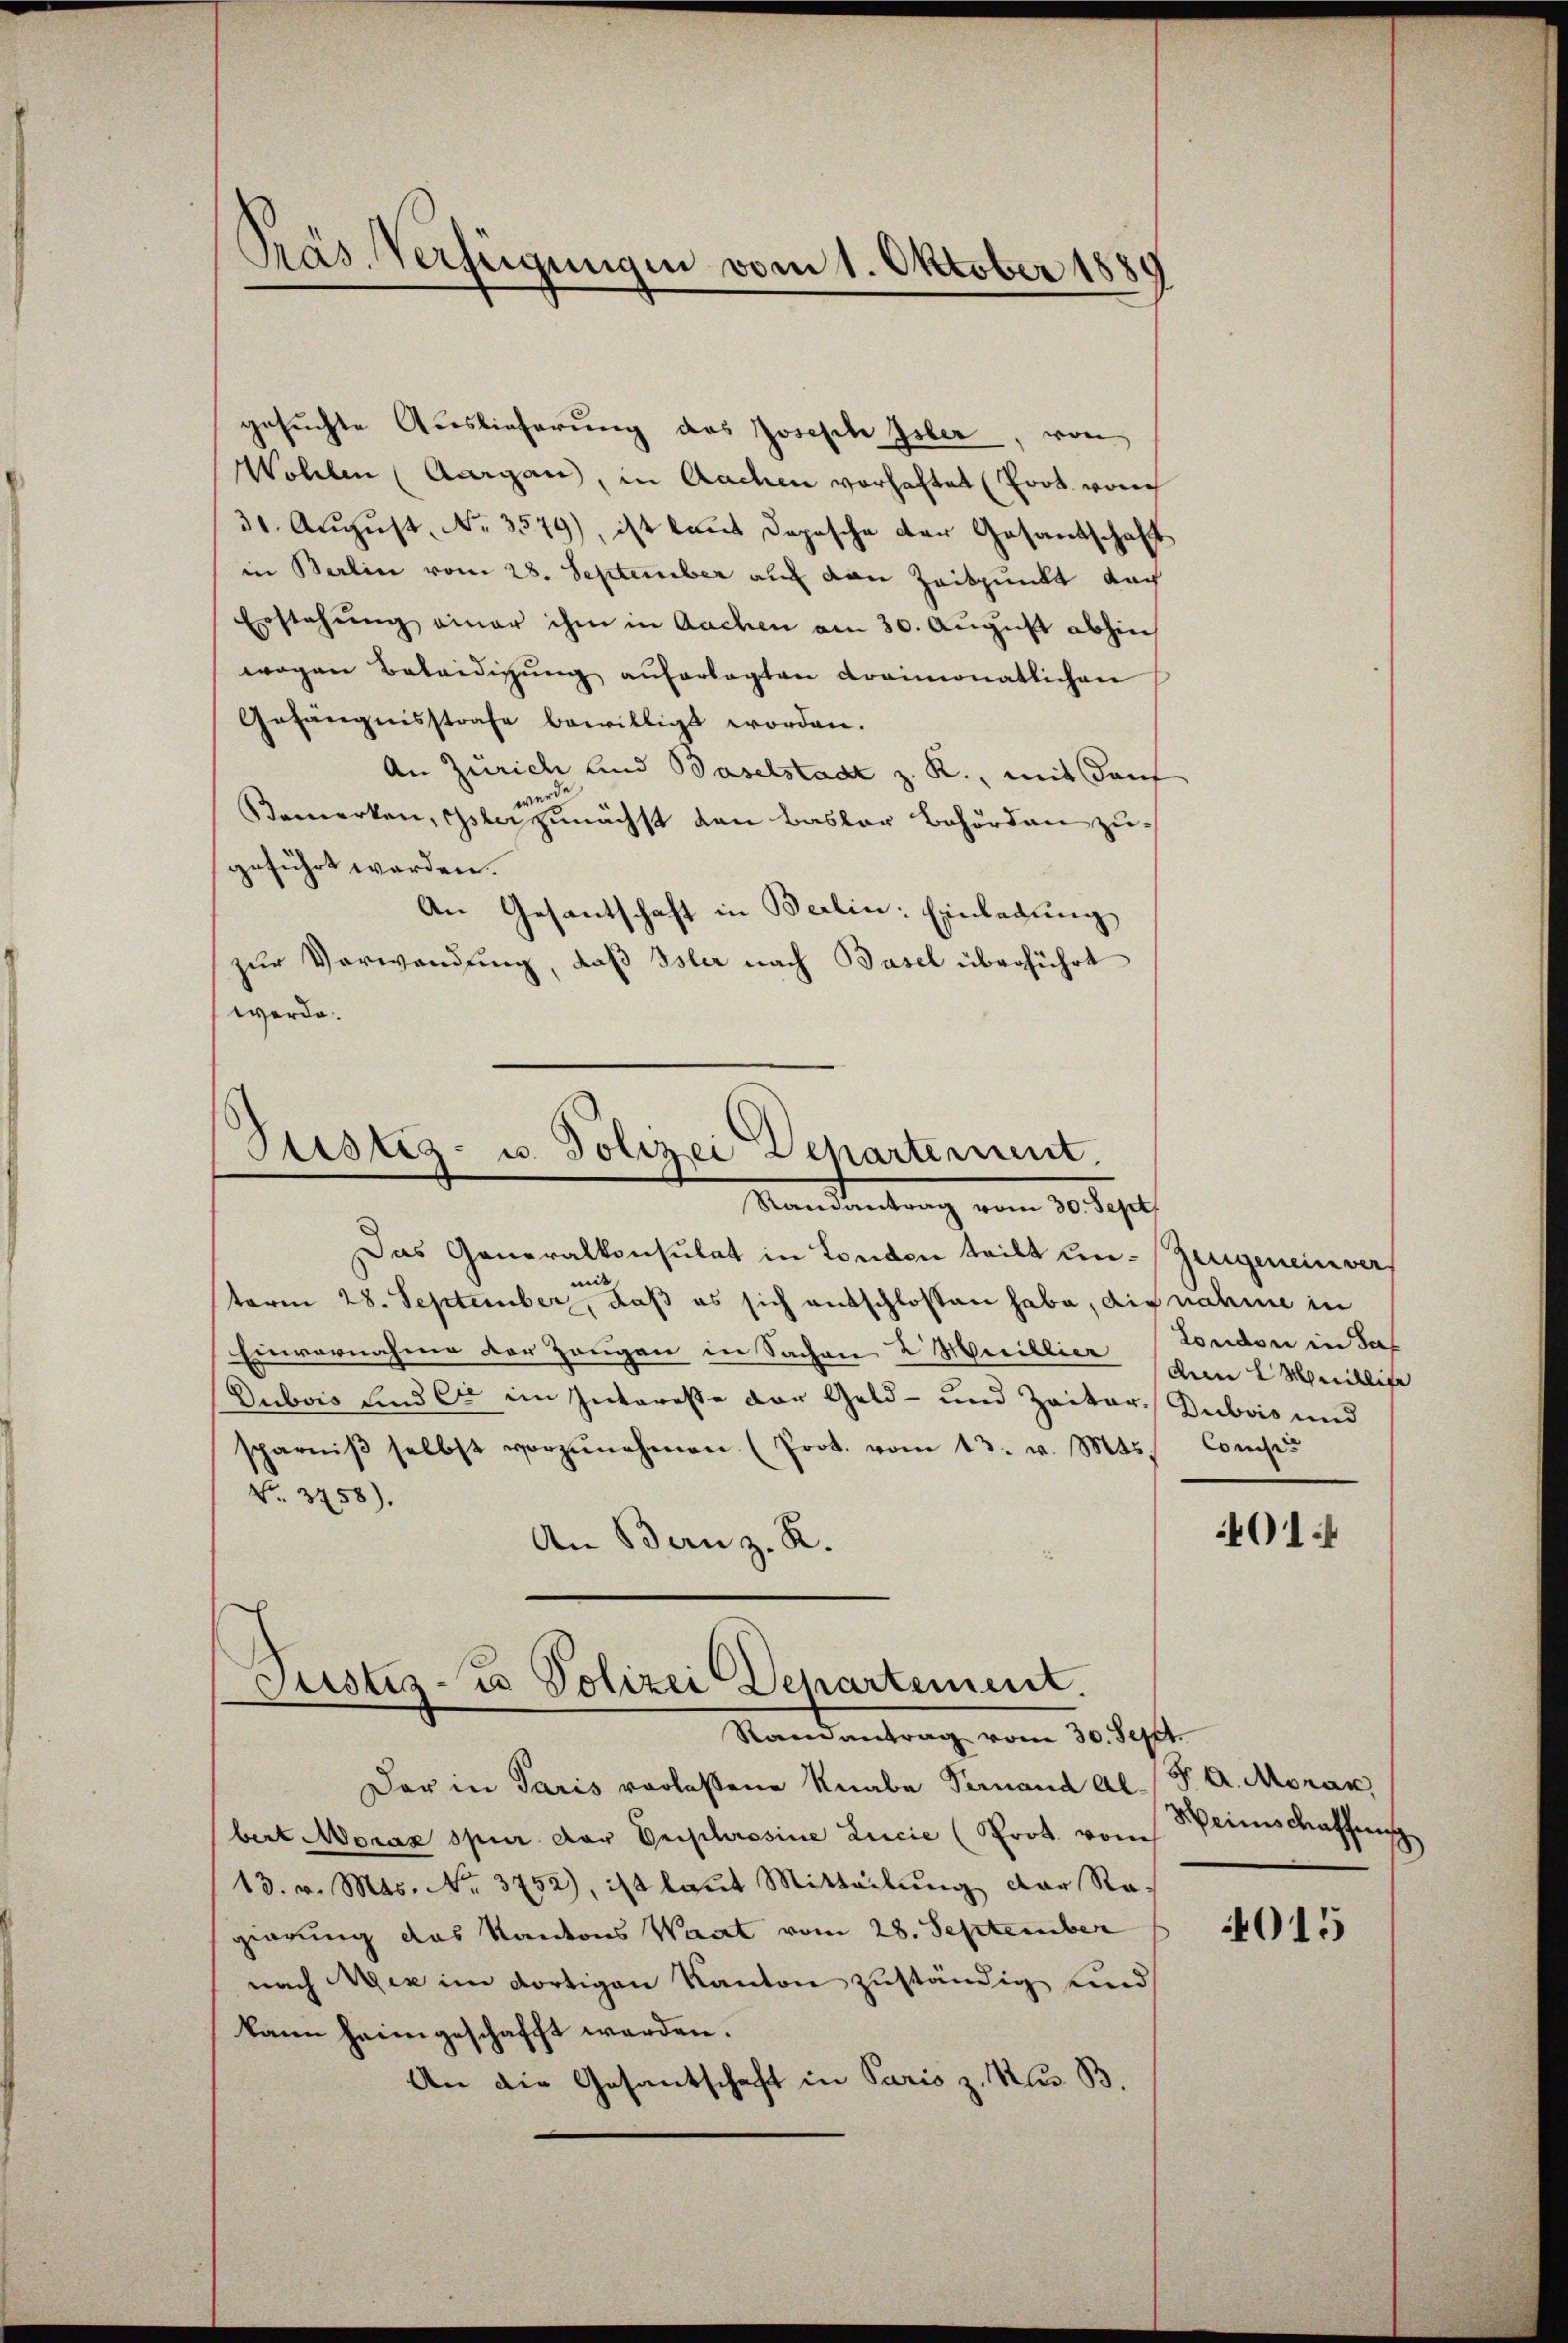
Präs. Verfügungen vom 1. Oktober 1889

gesŭchte Auslieferung des Joseph Isler, von
Wollen (Aargau, in Aachen vorhaftet (Poot von
31. August No. 3579), ist laut Depesche der Gesandschaft
in Berlin vom 28. September auf von Zeitpunkt doch
Erstehung einer ihm in Aachen am 30. August abhin
wogen Beleidigŭng auferlegten Kraimonatlichen
Gefängnisstrafe bewilligt worden.
An Zürich und Baselstadt z. R., mit Kauf
werde
Bemerken, Oster zunächst den Basler Behörden zugeführt werden.
An Gesantschaft in Berlin: Einladung
zur Verwendung, daß Isler nach Basel überführt
werde.

Justiz- u. Polizei Departement.
Man denkung vom 10. Sept.

Justiz- u Polizei Departement.
Randantrag vom 30. Sept.

Das Generalkonsulat in London teilt un-Zeigenein vers
mit
term 28. September, daß es sich ausschlossen habe, die nahme in
Einvernahme der Zeugen in Sachen 2 Millier (dem L. Meillite
Dubois und er im Interesse der Geld- und Zeiter. Dubois und
sparniβ selbst vorzŭnehmen (Prot. vom 13. v. Mts.
No. 3758).
An Bern z. R.
Der in Paris vorlassene Knabe Vernand Albert Morax spur der Orphosine Lucie (Prot. von
13. v. Mts. No. 3752), ist laut Mitteilung der Rogierung das Kantons Waat vom 28. September
nach Aix im dortigen Kanton zuständig und
kann heimgeschafft werden.
An die Gesantschaft in Paris z. Aus B.

London in Saf
Conclus

401

F. A. Moran,
Weinschaffens

4015